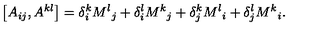
\left[ A _ { i j } , A ^ { k l } \right] = \delta _ { i } ^ { k } { M ^ { l } } _ { j } + \delta _ { i } ^ { l } { M ^ { k } } _ { j } + \delta _ { j } ^ { k } { M ^ { l } } _ { i } + \delta _ { j } ^ { l } { M ^ { k } } _ { i } .